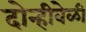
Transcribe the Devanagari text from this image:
दोन्हीवेळी